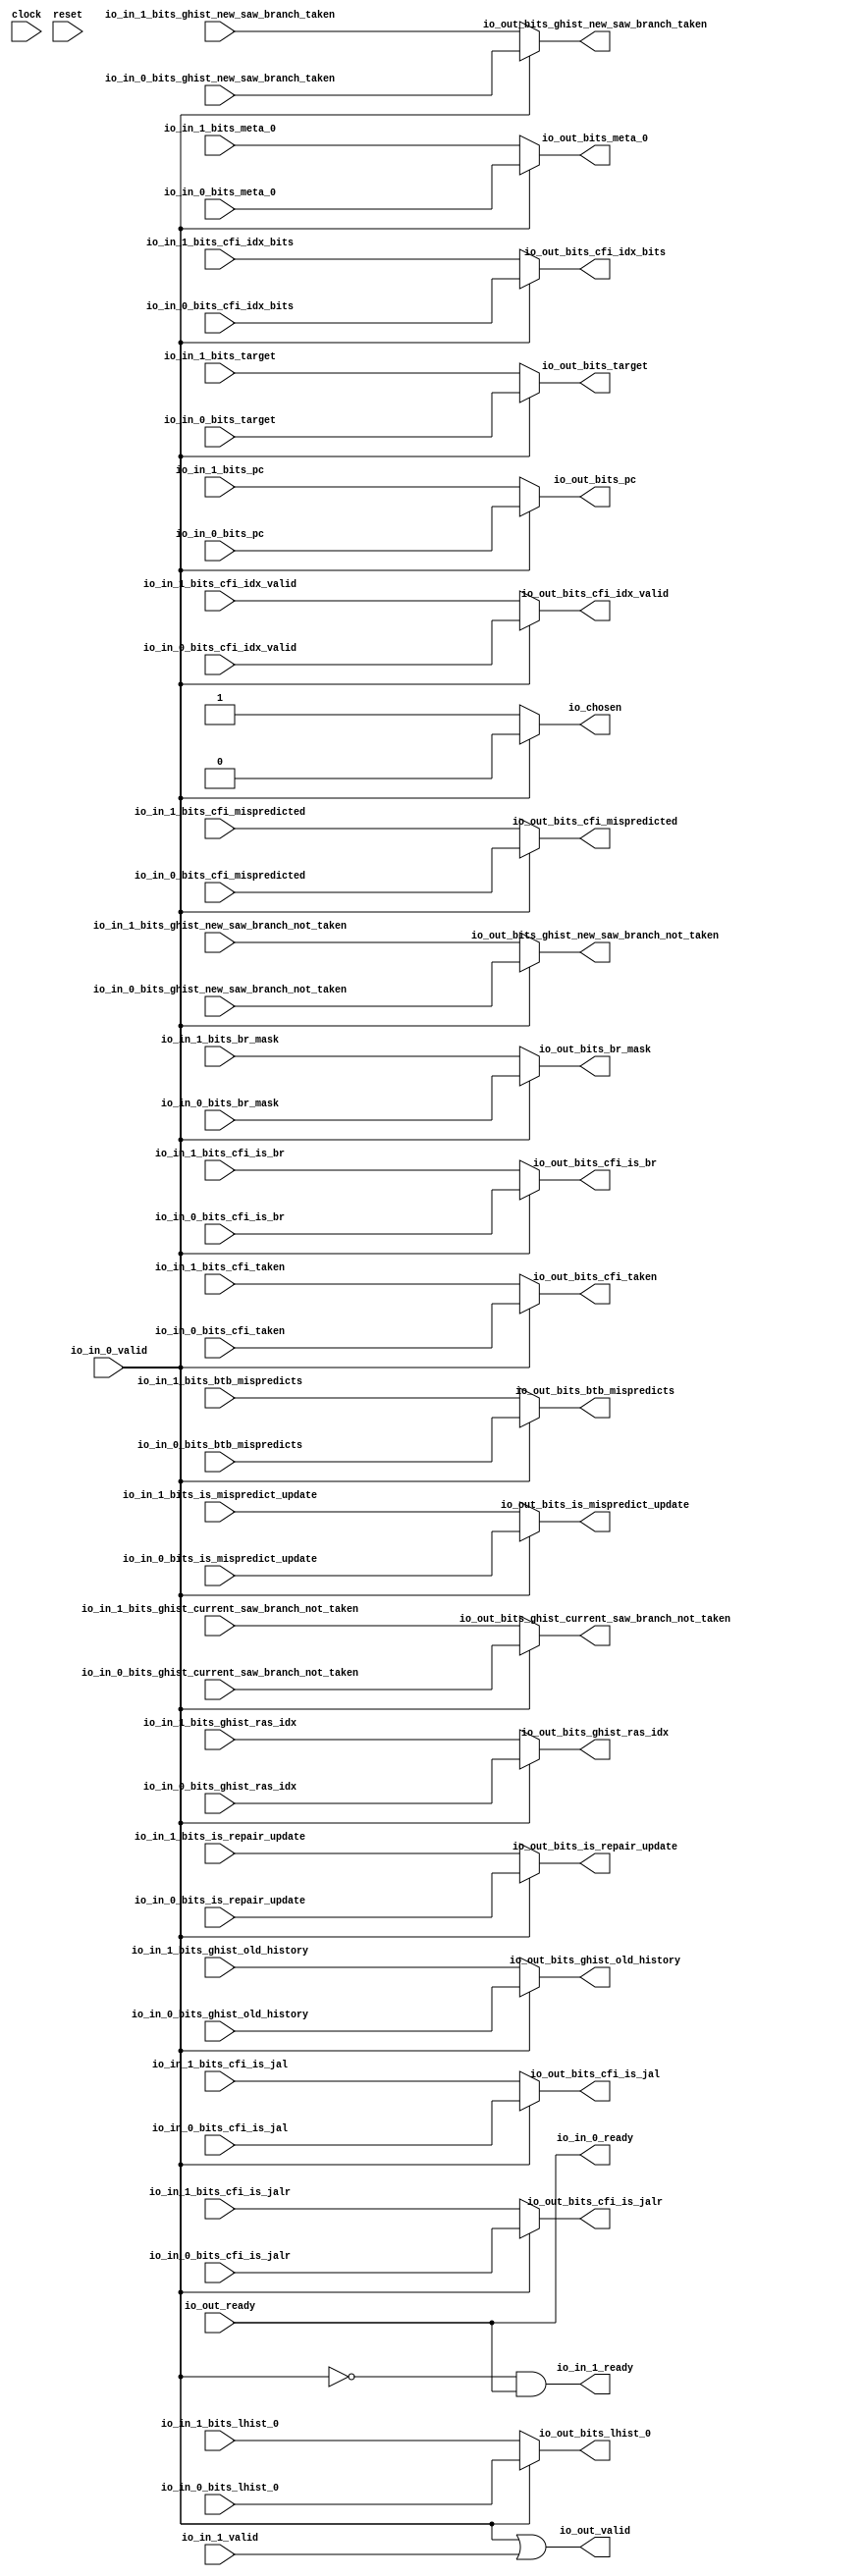
module Arbiter_15(
  input         clock,
  input         reset,
  output        io_in_0_ready,
  input         io_in_0_valid,
  input         io_in_0_bits_is_mispredict_update,
  input         io_in_0_bits_is_repair_update,
  input  [3:0]  io_in_0_bits_btb_mispredicts,
  input  [39:0] io_in_0_bits_pc,
  input  [3:0]  io_in_0_bits_br_mask,
  input         io_in_0_bits_cfi_idx_valid,
  input  [1:0]  io_in_0_bits_cfi_idx_bits,
  input         io_in_0_bits_cfi_taken,
  input         io_in_0_bits_cfi_mispredicted,
  input         io_in_0_bits_cfi_is_br,
  input         io_in_0_bits_cfi_is_jal,
  input         io_in_0_bits_cfi_is_jalr,
  input  [15:0] io_in_0_bits_ghist_old_history,
  input         io_in_0_bits_ghist_current_saw_branch_not_taken,
  input         io_in_0_bits_ghist_new_saw_branch_not_taken,
  input         io_in_0_bits_ghist_new_saw_branch_taken,
  input  [4:0]  io_in_0_bits_ghist_ras_idx,
  input         io_in_0_bits_lhist_0,
  input  [39:0] io_in_0_bits_target,
  input  [44:0] io_in_0_bits_meta_0,
  output        io_in_1_ready,
  input         io_in_1_valid,
  input         io_in_1_bits_is_mispredict_update,
  input         io_in_1_bits_is_repair_update,
  input  [3:0]  io_in_1_bits_btb_mispredicts,
  input  [39:0] io_in_1_bits_pc,
  input  [3:0]  io_in_1_bits_br_mask,
  input         io_in_1_bits_cfi_idx_valid,
  input  [1:0]  io_in_1_bits_cfi_idx_bits,
  input         io_in_1_bits_cfi_taken,
  input         io_in_1_bits_cfi_mispredicted,
  input         io_in_1_bits_cfi_is_br,
  input         io_in_1_bits_cfi_is_jal,
  input         io_in_1_bits_cfi_is_jalr,
  input  [15:0] io_in_1_bits_ghist_old_history,
  input         io_in_1_bits_ghist_current_saw_branch_not_taken,
  input         io_in_1_bits_ghist_new_saw_branch_not_taken,
  input         io_in_1_bits_ghist_new_saw_branch_taken,
  input  [4:0]  io_in_1_bits_ghist_ras_idx,
  input         io_in_1_bits_lhist_0,
  input  [39:0] io_in_1_bits_target,
  input  [44:0] io_in_1_bits_meta_0,
  input         io_out_ready,
  output        io_out_valid,
  output        io_out_bits_is_mispredict_update,
  output        io_out_bits_is_repair_update,
  output [3:0]  io_out_bits_btb_mispredicts,
  output [39:0] io_out_bits_pc,
  output [3:0]  io_out_bits_br_mask,
  output        io_out_bits_cfi_idx_valid,
  output [1:0]  io_out_bits_cfi_idx_bits,
  output        io_out_bits_cfi_taken,
  output        io_out_bits_cfi_mispredicted,
  output        io_out_bits_cfi_is_br,
  output        io_out_bits_cfi_is_jal,
  output        io_out_bits_cfi_is_jalr,
  output [15:0] io_out_bits_ghist_old_history,
  output        io_out_bits_ghist_current_saw_branch_not_taken,
  output        io_out_bits_ghist_new_saw_branch_not_taken,
  output        io_out_bits_ghist_new_saw_branch_taken,
  output [4:0]  io_out_bits_ghist_ras_idx,
  output        io_out_bits_lhist_0,
  output [39:0] io_out_bits_target,
  output [44:0] io_out_bits_meta_0,
  output        io_chosen
);
  wire  grant_1 = ~io_in_0_valid; // @[Arbiter.scala 31:78]
  assign io_in_0_ready = io_out_ready; // @[Arbiter.scala 134:19]
  assign io_in_1_ready = grant_1 & io_out_ready; // @[Arbiter.scala 134:19]
  assign io_out_valid = ~grant_1 | io_in_1_valid; // @[Arbiter.scala 135:31]
  assign io_out_bits_is_mispredict_update = io_in_0_valid ? io_in_0_bits_is_mispredict_update :
    io_in_1_bits_is_mispredict_update; // @[Arbiter.scala 126:27 Arbiter.scala 128:19 Arbiter.scala 124:15]
  assign io_out_bits_is_repair_update = io_in_0_valid ? io_in_0_bits_is_repair_update : io_in_1_bits_is_repair_update; // @[Arbiter.scala 126:27 Arbiter.scala 128:19 Arbiter.scala 124:15]
  assign io_out_bits_btb_mispredicts = io_in_0_valid ? io_in_0_bits_btb_mispredicts : io_in_1_bits_btb_mispredicts; // @[Arbiter.scala 126:27 Arbiter.scala 128:19 Arbiter.scala 124:15]
  assign io_out_bits_pc = io_in_0_valid ? io_in_0_bits_pc : io_in_1_bits_pc; // @[Arbiter.scala 126:27 Arbiter.scala 128:19 Arbiter.scala 124:15]
  assign io_out_bits_br_mask = io_in_0_valid ? io_in_0_bits_br_mask : io_in_1_bits_br_mask; // @[Arbiter.scala 126:27 Arbiter.scala 128:19 Arbiter.scala 124:15]
  assign io_out_bits_cfi_idx_valid = io_in_0_valid ? io_in_0_bits_cfi_idx_valid : io_in_1_bits_cfi_idx_valid; // @[Arbiter.scala 126:27 Arbiter.scala 128:19 Arbiter.scala 124:15]
  assign io_out_bits_cfi_idx_bits = io_in_0_valid ? io_in_0_bits_cfi_idx_bits : io_in_1_bits_cfi_idx_bits; // @[Arbiter.scala 126:27 Arbiter.scala 128:19 Arbiter.scala 124:15]
  assign io_out_bits_cfi_taken = io_in_0_valid ? io_in_0_bits_cfi_taken : io_in_1_bits_cfi_taken; // @[Arbiter.scala 126:27 Arbiter.scala 128:19 Arbiter.scala 124:15]
  assign io_out_bits_cfi_mispredicted = io_in_0_valid ? io_in_0_bits_cfi_mispredicted : io_in_1_bits_cfi_mispredicted; // @[Arbiter.scala 126:27 Arbiter.scala 128:19 Arbiter.scala 124:15]
  assign io_out_bits_cfi_is_br = io_in_0_valid ? io_in_0_bits_cfi_is_br : io_in_1_bits_cfi_is_br; // @[Arbiter.scala 126:27 Arbiter.scala 128:19 Arbiter.scala 124:15]
  assign io_out_bits_cfi_is_jal = io_in_0_valid ? io_in_0_bits_cfi_is_jal : io_in_1_bits_cfi_is_jal; // @[Arbiter.scala 126:27 Arbiter.scala 128:19 Arbiter.scala 124:15]
  assign io_out_bits_cfi_is_jalr = io_in_0_valid ? io_in_0_bits_cfi_is_jalr : io_in_1_bits_cfi_is_jalr; // @[Arbiter.scala 126:27 Arbiter.scala 128:19 Arbiter.scala 124:15]
  assign io_out_bits_ghist_old_history = io_in_0_valid ? io_in_0_bits_ghist_old_history : io_in_1_bits_ghist_old_history
    ; // @[Arbiter.scala 126:27 Arbiter.scala 128:19 Arbiter.scala 124:15]
  assign io_out_bits_ghist_current_saw_branch_not_taken = io_in_0_valid ?
    io_in_0_bits_ghist_current_saw_branch_not_taken : io_in_1_bits_ghist_current_saw_branch_not_taken; // @[Arbiter.scala 126:27 Arbiter.scala 128:19 Arbiter.scala 124:15]
  assign io_out_bits_ghist_new_saw_branch_not_taken = io_in_0_valid ? io_in_0_bits_ghist_new_saw_branch_not_taken :
    io_in_1_bits_ghist_new_saw_branch_not_taken; // @[Arbiter.scala 126:27 Arbiter.scala 128:19 Arbiter.scala 124:15]
  assign io_out_bits_ghist_new_saw_branch_taken = io_in_0_valid ? io_in_0_bits_ghist_new_saw_branch_taken :
    io_in_1_bits_ghist_new_saw_branch_taken; // @[Arbiter.scala 126:27 Arbiter.scala 128:19 Arbiter.scala 124:15]
  assign io_out_bits_ghist_ras_idx = io_in_0_valid ? io_in_0_bits_ghist_ras_idx : io_in_1_bits_ghist_ras_idx; // @[Arbiter.scala 126:27 Arbiter.scala 128:19 Arbiter.scala 124:15]
  assign io_out_bits_lhist_0 = io_in_0_valid ? io_in_0_bits_lhist_0 : io_in_1_bits_lhist_0; // @[Arbiter.scala 126:27 Arbiter.scala 128:19 Arbiter.scala 124:15]
  assign io_out_bits_target = io_in_0_valid ? io_in_0_bits_target : io_in_1_bits_target; // @[Arbiter.scala 126:27 Arbiter.scala 128:19 Arbiter.scala 124:15]
  assign io_out_bits_meta_0 = io_in_0_valid ? io_in_0_bits_meta_0 : io_in_1_bits_meta_0; // @[Arbiter.scala 126:27 Arbiter.scala 128:19 Arbiter.scala 124:15]
  assign io_chosen = io_in_0_valid ? 1'h0 : 1'h1; // @[Arbiter.scala 126:27 Arbiter.scala 127:17 Arbiter.scala 123:13]
endmodule